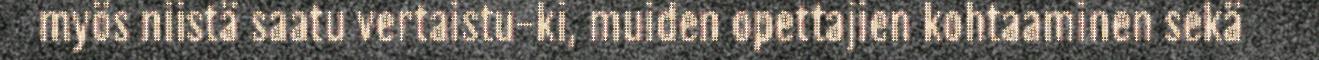
myös niistä saatu vertaistu-ki, muiden opettajien kohtaaminen sekä